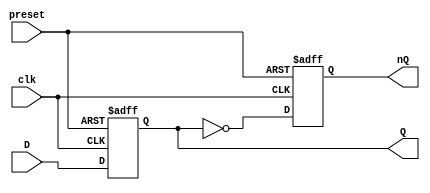
module async_preset_D_FF (
    input D,
    input clk,
    input preset,
    output reg Q,
    output reg nQ
);

always @(posedge clk or posedge preset)
begin
    if (preset)
    begin
        Q <= 1;
        nQ <= 0;
    end
    else
    begin
        Q <= D;
        nQ <= ~Q;
    end
end

endmodule